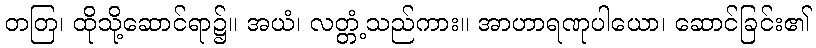
တတြ၊ ထိုသို့ဆောင်ရာ၌။ အယံ၊ လတ္တံ့သည်ကား။ အာဟာရဏုပါယော၊ ဆောင်ခြင်း၏